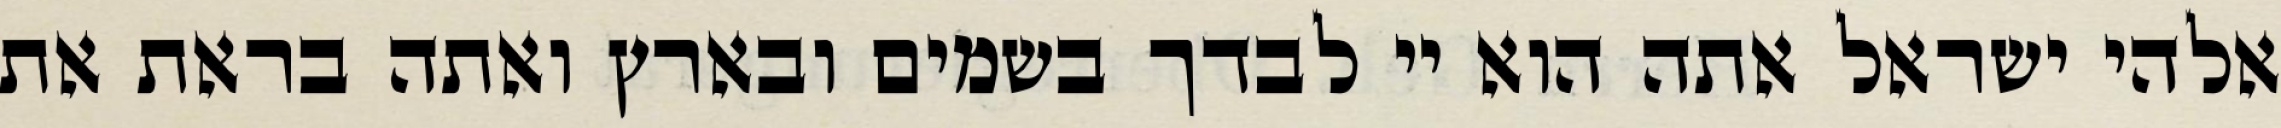
אלהי ישראל אתה הוא יי לבדך בשמים ובארץ ואתה בראת את